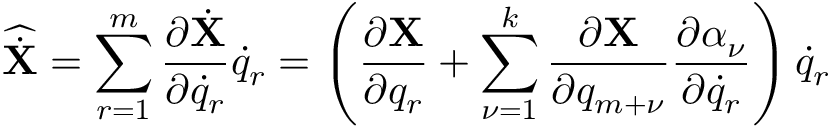
{ \widehat { \dot { \bf X } } } = \sum _ { r = 1 } ^ { m } \frac { \partial { \dot { \bf X } } } { \partial { \dot { q } } _ { r } } { \dot { q } } _ { r } = \left( \frac { \partial { \bf X } } { \partial q _ { r } } + \sum _ { \nu = 1 } ^ { k } \frac { \partial { \bf X } } { \partial q _ { m + \nu } } \frac { \partial \alpha _ { \nu } } { \partial { \dot { q } } _ { r } } \right) { \dot { q } } _ { r }